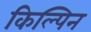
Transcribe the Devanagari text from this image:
किल्पिन